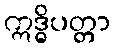
ဣဒ္ဓိပတ္တာ